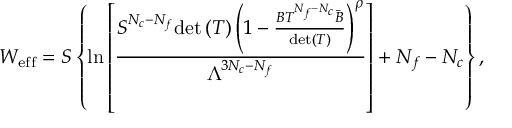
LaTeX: W _ { \mathrm { e f f } } = S \left\{ \ln \left[ \frac { S ^ { N _ { c } - N _ { f } } \mathrm { d e t } \left( T \right) \left( 1 - \frac { B T ^ { N _ { f } - N _ { c } } \bar { B } } { \mathrm { d e t } ( T ) } \right) ^ { \rho } } { \Lambda ^ { 3 N _ { c } - N _ { f } } } \right] + N _ { f } - N _ { c } \right\} ,